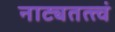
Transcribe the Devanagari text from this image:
नाट्यतत्त्वं